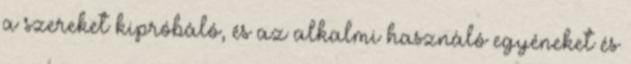
a szereket kipróbáló, és az alkalmi használó egyéneket és